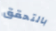
بالتحقق